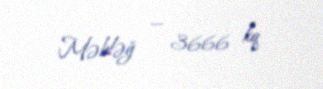
Məbləğ — 3666 kq